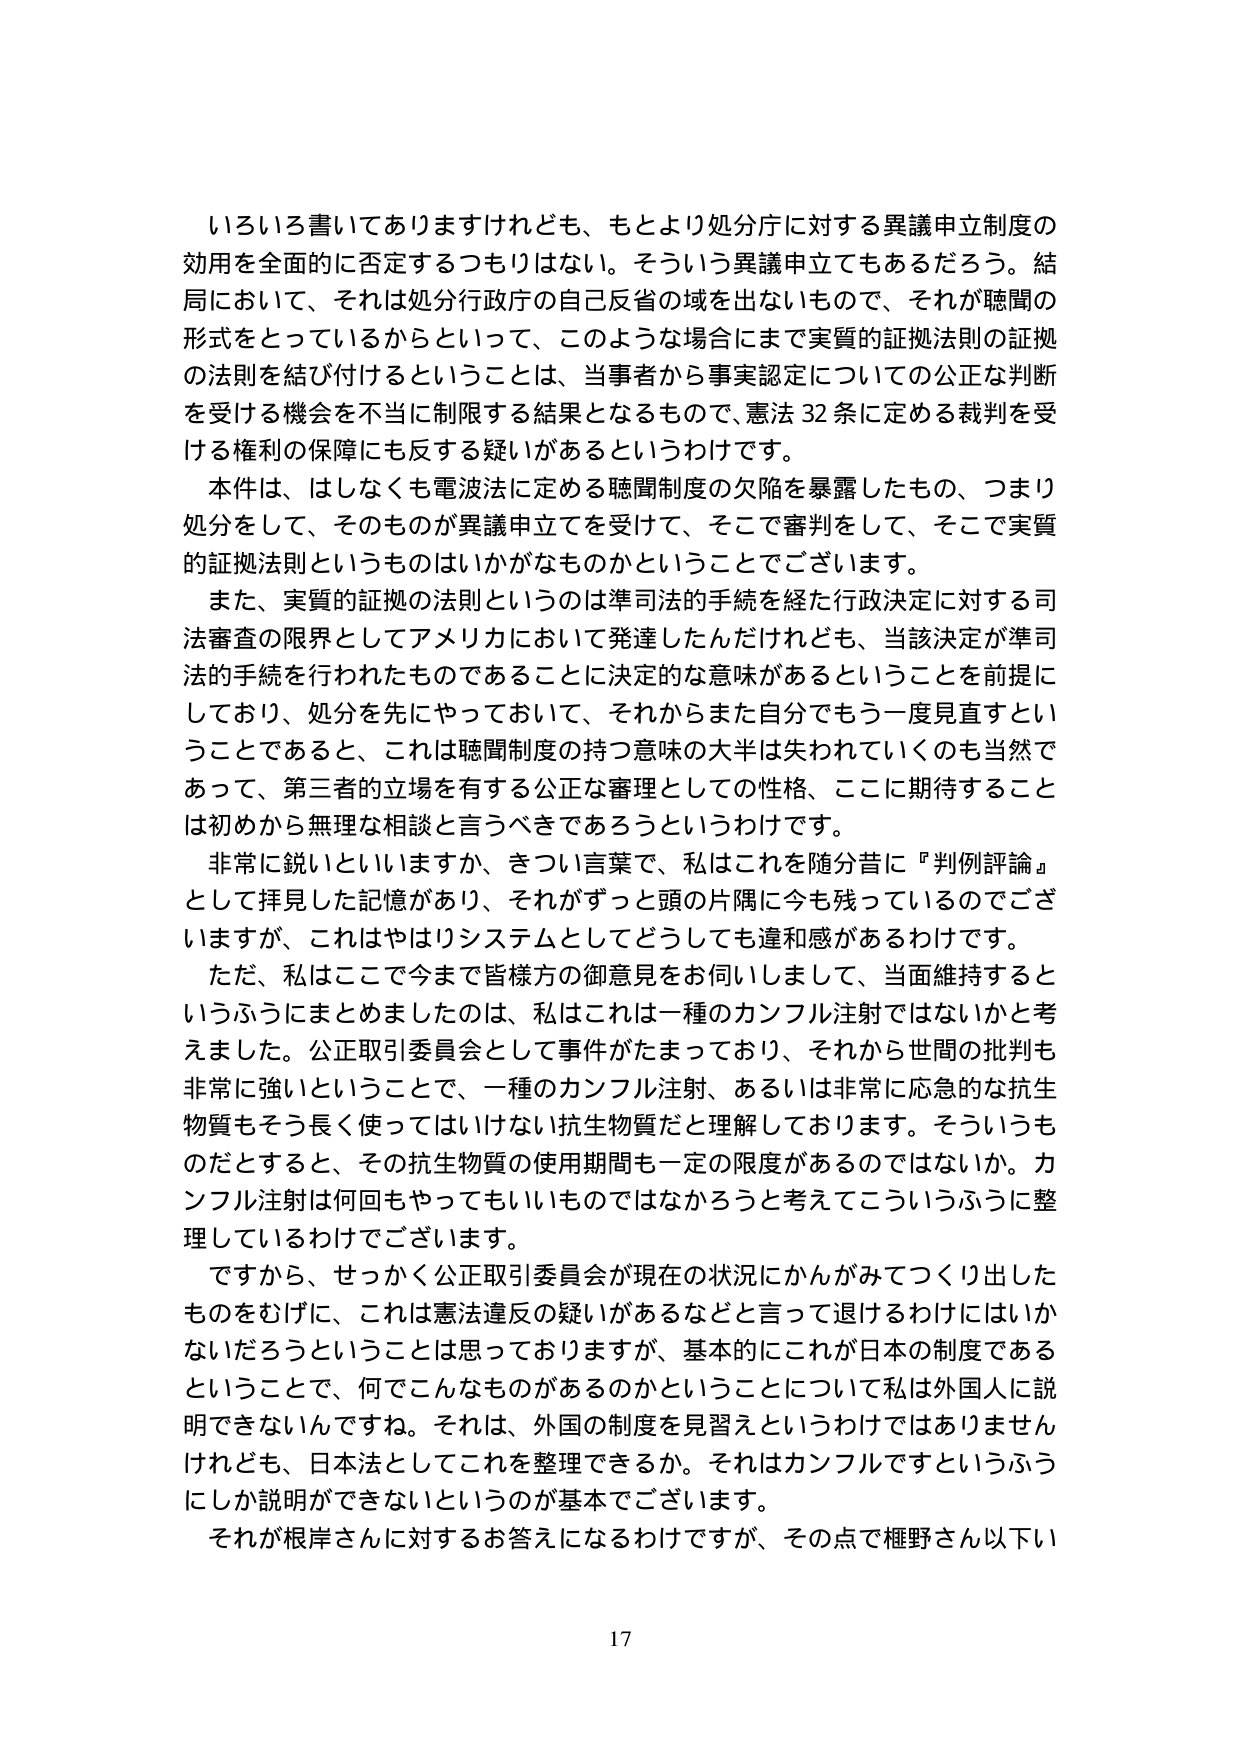
いろいろ書いてありますけれども、もとより処分庁に対する異議申立制度の
効用を全面的に否定するつもりはない。そういう異議申立でもあるだろう。結
局において、それは処分行政庁の自己反省の域を出ないもので、それが聴聞の
形式をとっているからといって、このような場合にまで実質的証拠法則の証拠
の法則を結び付けるということは、当事者から事実認定についての公正な判断
を受ける機会を不当に制限する結果となるもので、憲法32条に定める裁判を受
ける権利の保障にも反する疑いがあるというわけです。
本件は、はしなくも電波法に定める聴聞制度の欠陥を暴露したもの、つまり
処分をして、そのものが異議申立てを受けて、そこで審判をして、そこで実質
的証拠法則というものはいかがなものかということでございます。
また、実質的証拠の法則というのは準司法的手続を経た行政決定に対する司
法審査の限界としてアメリカにおいて発達したんだけれども、当該決定が準司
法的手続を行われたものであることに決定的な意味があるということを前提に
しており、処分を先にやっておいて、それからまた自分でもう一度見直すとい
うことであると、これは聴聞制度の持つ意味の大半は失われていくのも当然で
あって、第三者的立場を有する公正な審理としての性格、ここに期待すること
は初めから無理な相談と言うべきであろうというわけです。
非常に鋭いといいますか、きつい言葉で、私はこれを随分昔に『判例評論』
として拝見した記憶があり、それがずっと頭の片隅に今も残っているのでござ
いますが、これはやはりシステムとしてどうしても違和感があるわけです。
ただ、私はここで今まで皆様方の御意見をお伺いしまして、当面維持すると
いうふうにまとめましたのは、私はこれは一種のカンフル注射ではないかと考
えました。公正取引委員会として事件がたまっており、それから世間の批判も
非常に強いということで、一種のカンフル注射、あるいは非常に応急的な抗生
物質もそう長く使ってはいけない抗生物質だと理解しております。そういうも
のだとすると、その抗生物質の使用期間も一定の限度があるのではないかな。カ
ンフル注射は何回もやってもいいものではなかろうと考えてこういうふうに整
理しているわけでございます。
ですから、せっかく公正取引委員会が現在の状況にかんがみてつくり出した
ものをむげに、これは憲法違反の疑いがあるなどと言って退けるわけにはいか
ないだろうということは思っておりますが、基本的にこれが日本の制度である
ということで、何でこんなものがあるのかということについて私は外国人に説
明できないんですね。それは、外国の制度を見習えというわけではありません
けれども、日本法としてこれを整理できるか。それはカンフルですというふう
にしか説明ができないというのが基本でございます。
それが根岸さんに対するお答えになるわけですが、その点で樋野さん以下い
17